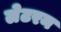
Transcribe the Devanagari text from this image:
लेटरन